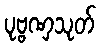
ပုဗ္ဗဏှသုတ်